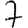
Digit: 7